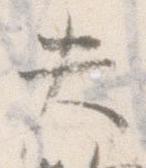
失